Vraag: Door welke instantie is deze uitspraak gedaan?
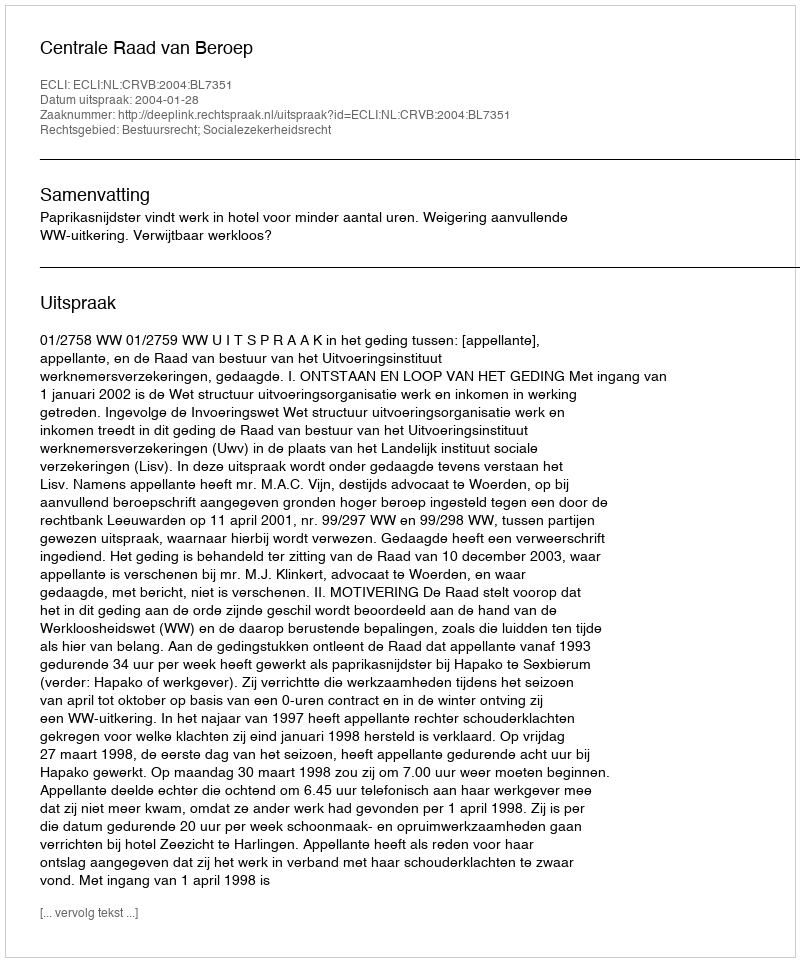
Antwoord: Centrale Raad van Beroep